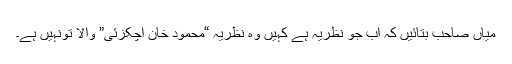
میاں صاحب بتائیں کہ اب جو نظریہ ہے کہیں وہ نظریہ “محمود خان اچکزئی” والا تونہیں ہے۔